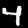
Label: 4